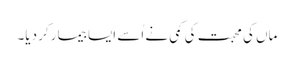
ماں کی محبت کی کمی نے اُسے ایسا بیما رکر دیا۔